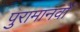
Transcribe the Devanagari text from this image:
पुरामानवों